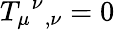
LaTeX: T_{\mu}{}^{\nu}{}_{,\nu}=0